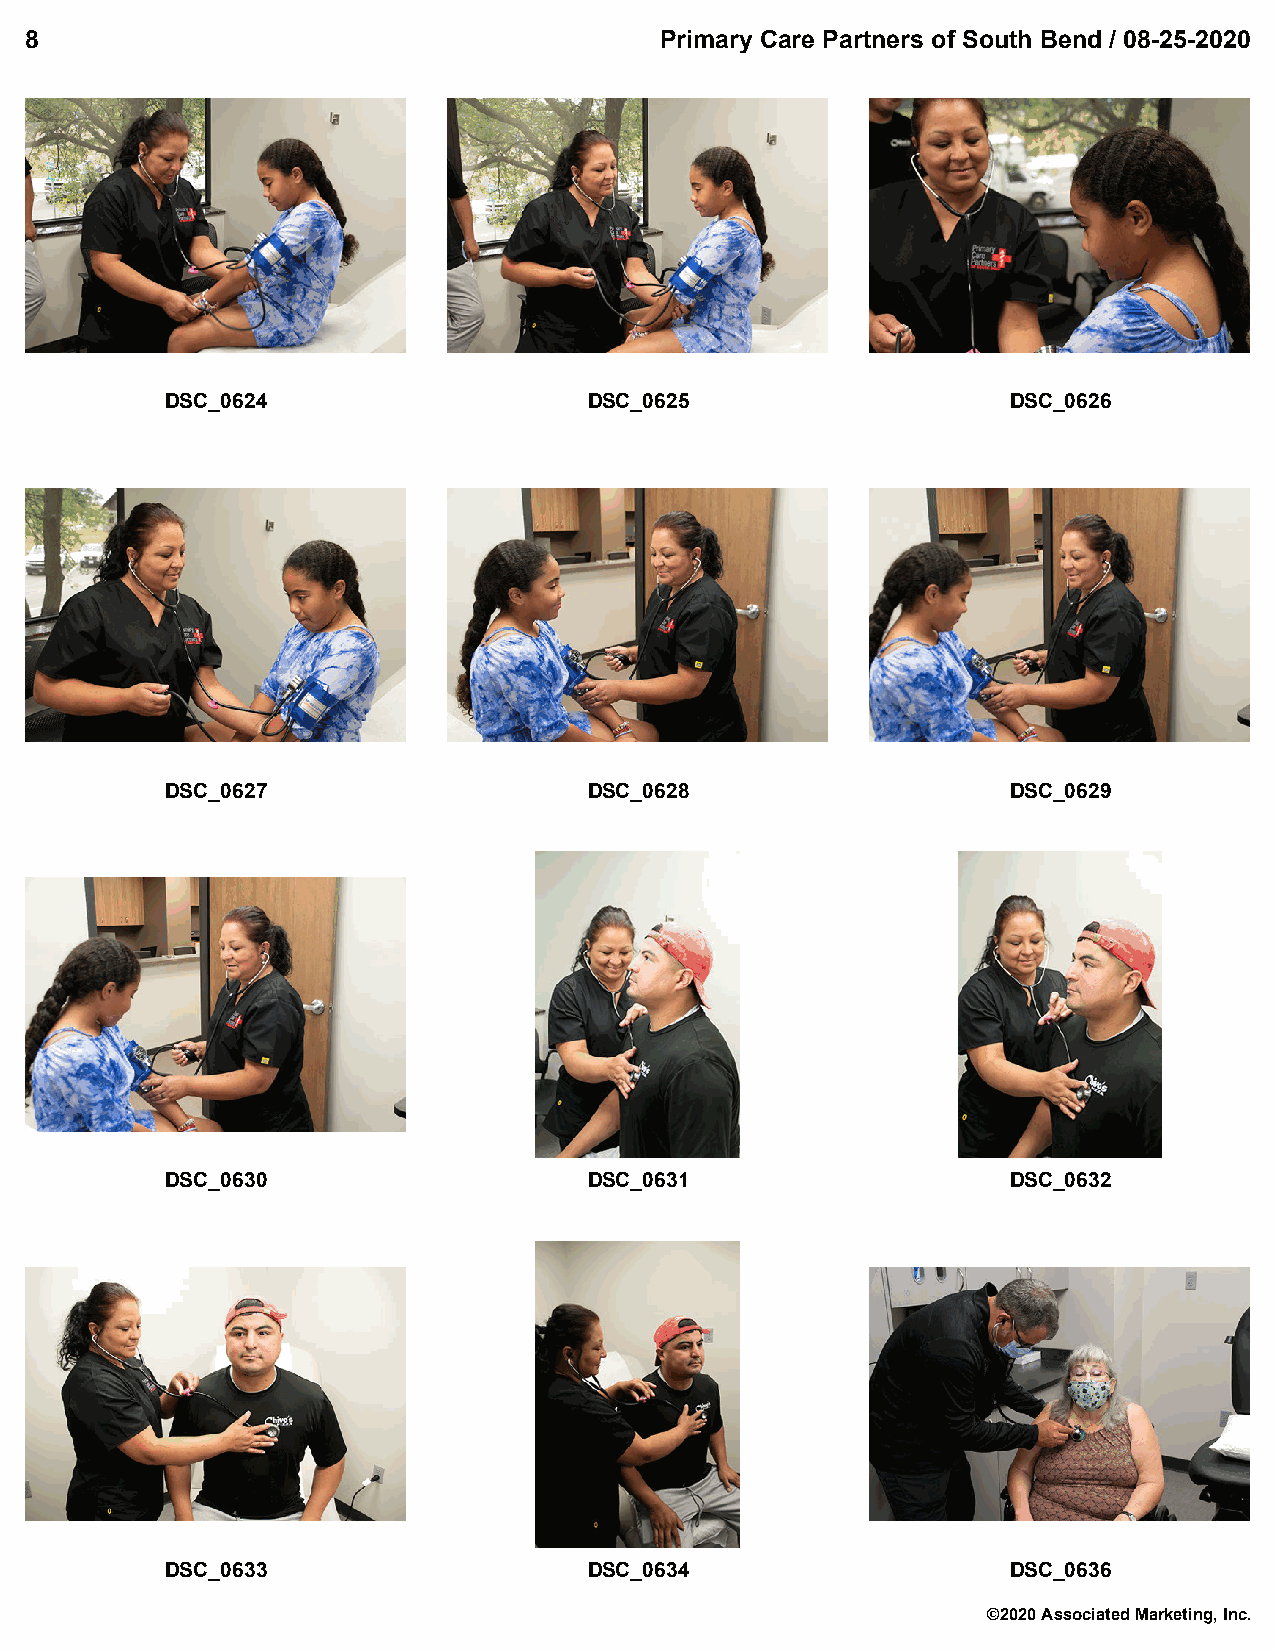
8                                         Primary Care Partners of South Bend / 08-25-2020
 DSC_0624                    DSC_0625                    DSC_0626
 DSC_0627                    DSC_0628                    DSC_0629
 DSC_0630                    DSC_0631                    DSC_0632
 DSC_0633                    DSC_0634                    DSC_0636
 ©2020 Associated Marketing, Inc.